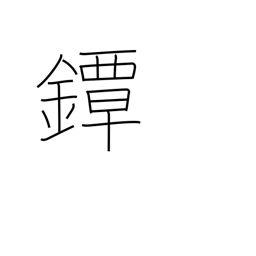
Meaning: sword guard